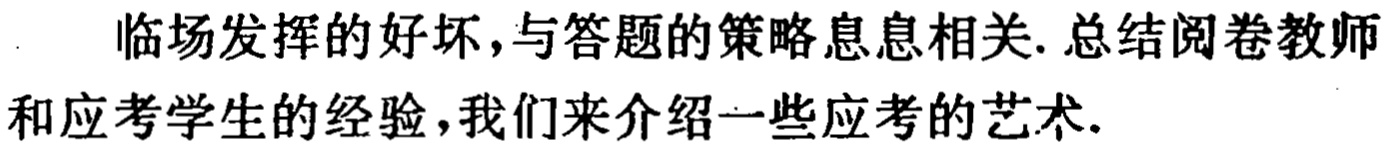
临场发挥的好坏,与答题的策略息息相关. 总结阅卷教师和应考学生的经验,我们来介绍一些应考的艺术.